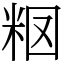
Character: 𥹉